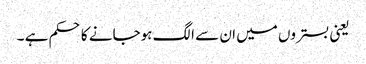
یعنی بستروں میں ان سے الگ ہوجانے کا حکم ہے ۔